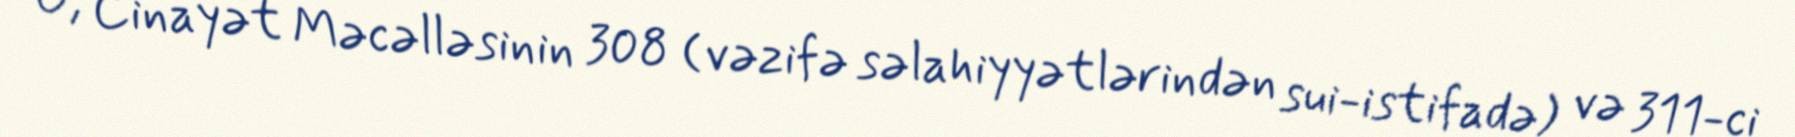
O, Cinayət Məcəlləsinin 308 (vəzifə səlahiyyətlərindən sui-istifadə) və 311-ci